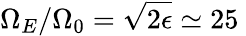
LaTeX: \Omega_{E}/\Omega_{0}=\sqrt{2\epsilon}\simeq 25\